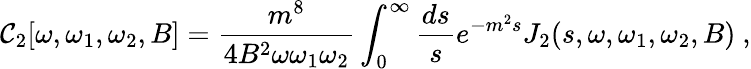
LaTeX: \mathcal{C}_{2}[\omega,\omega_{1},\omega_{2},B]={\frac{{m^{8}}}{{4B^{2}\omega\omega_{1}\omega_{2}}}}\int_{0}^{\infty}{\frac{{ds}}{{s}}}e^{-m^{2}s}J_{2}(s,\omega,\omega_{1},\omega_{2},B)~,